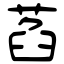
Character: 萏